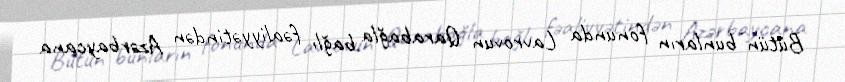
Bütün bunların fonunda Lavrovun Qarabağla bağlı fəaliyyətindən Azərbaycana